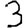
Digit: 3